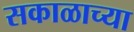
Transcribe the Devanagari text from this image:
सकाळाच्या